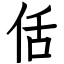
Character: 佸